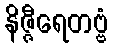
နိဇ္ဇီရေတဗ္ဗံ